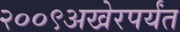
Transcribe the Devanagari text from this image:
२००९अखेरपर्यंत